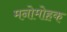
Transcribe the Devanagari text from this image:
मनोमोहक